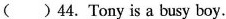
( ) 44. Tony is a busy boy.